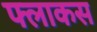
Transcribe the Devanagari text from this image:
फ्लाकस